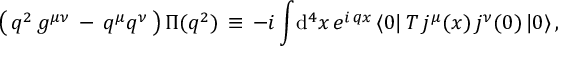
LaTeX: \big ( \, q ^ { 2 } \, g ^ { \mu \nu } \, - \, q ^ { \mu } q ^ { \nu } \, \big ) \, \Pi ( q ^ { 2 } ) \, \equiv \, - i \int \! \mathrm { d } ^ { 4 } x \, e ^ { i \, q x } \, \langle 0 | \, T \, j ^ { \mu } ( x ) \, j ^ { \nu } ( 0 ) \, | 0 \rangle \, ,